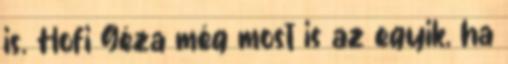
is. Hofi Géza még most is az egyik, ha